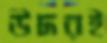
উদরই